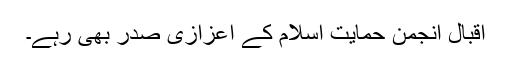
اقبال انجمن حمایت اسلام کے اعزازی صدر بھی رہے۔